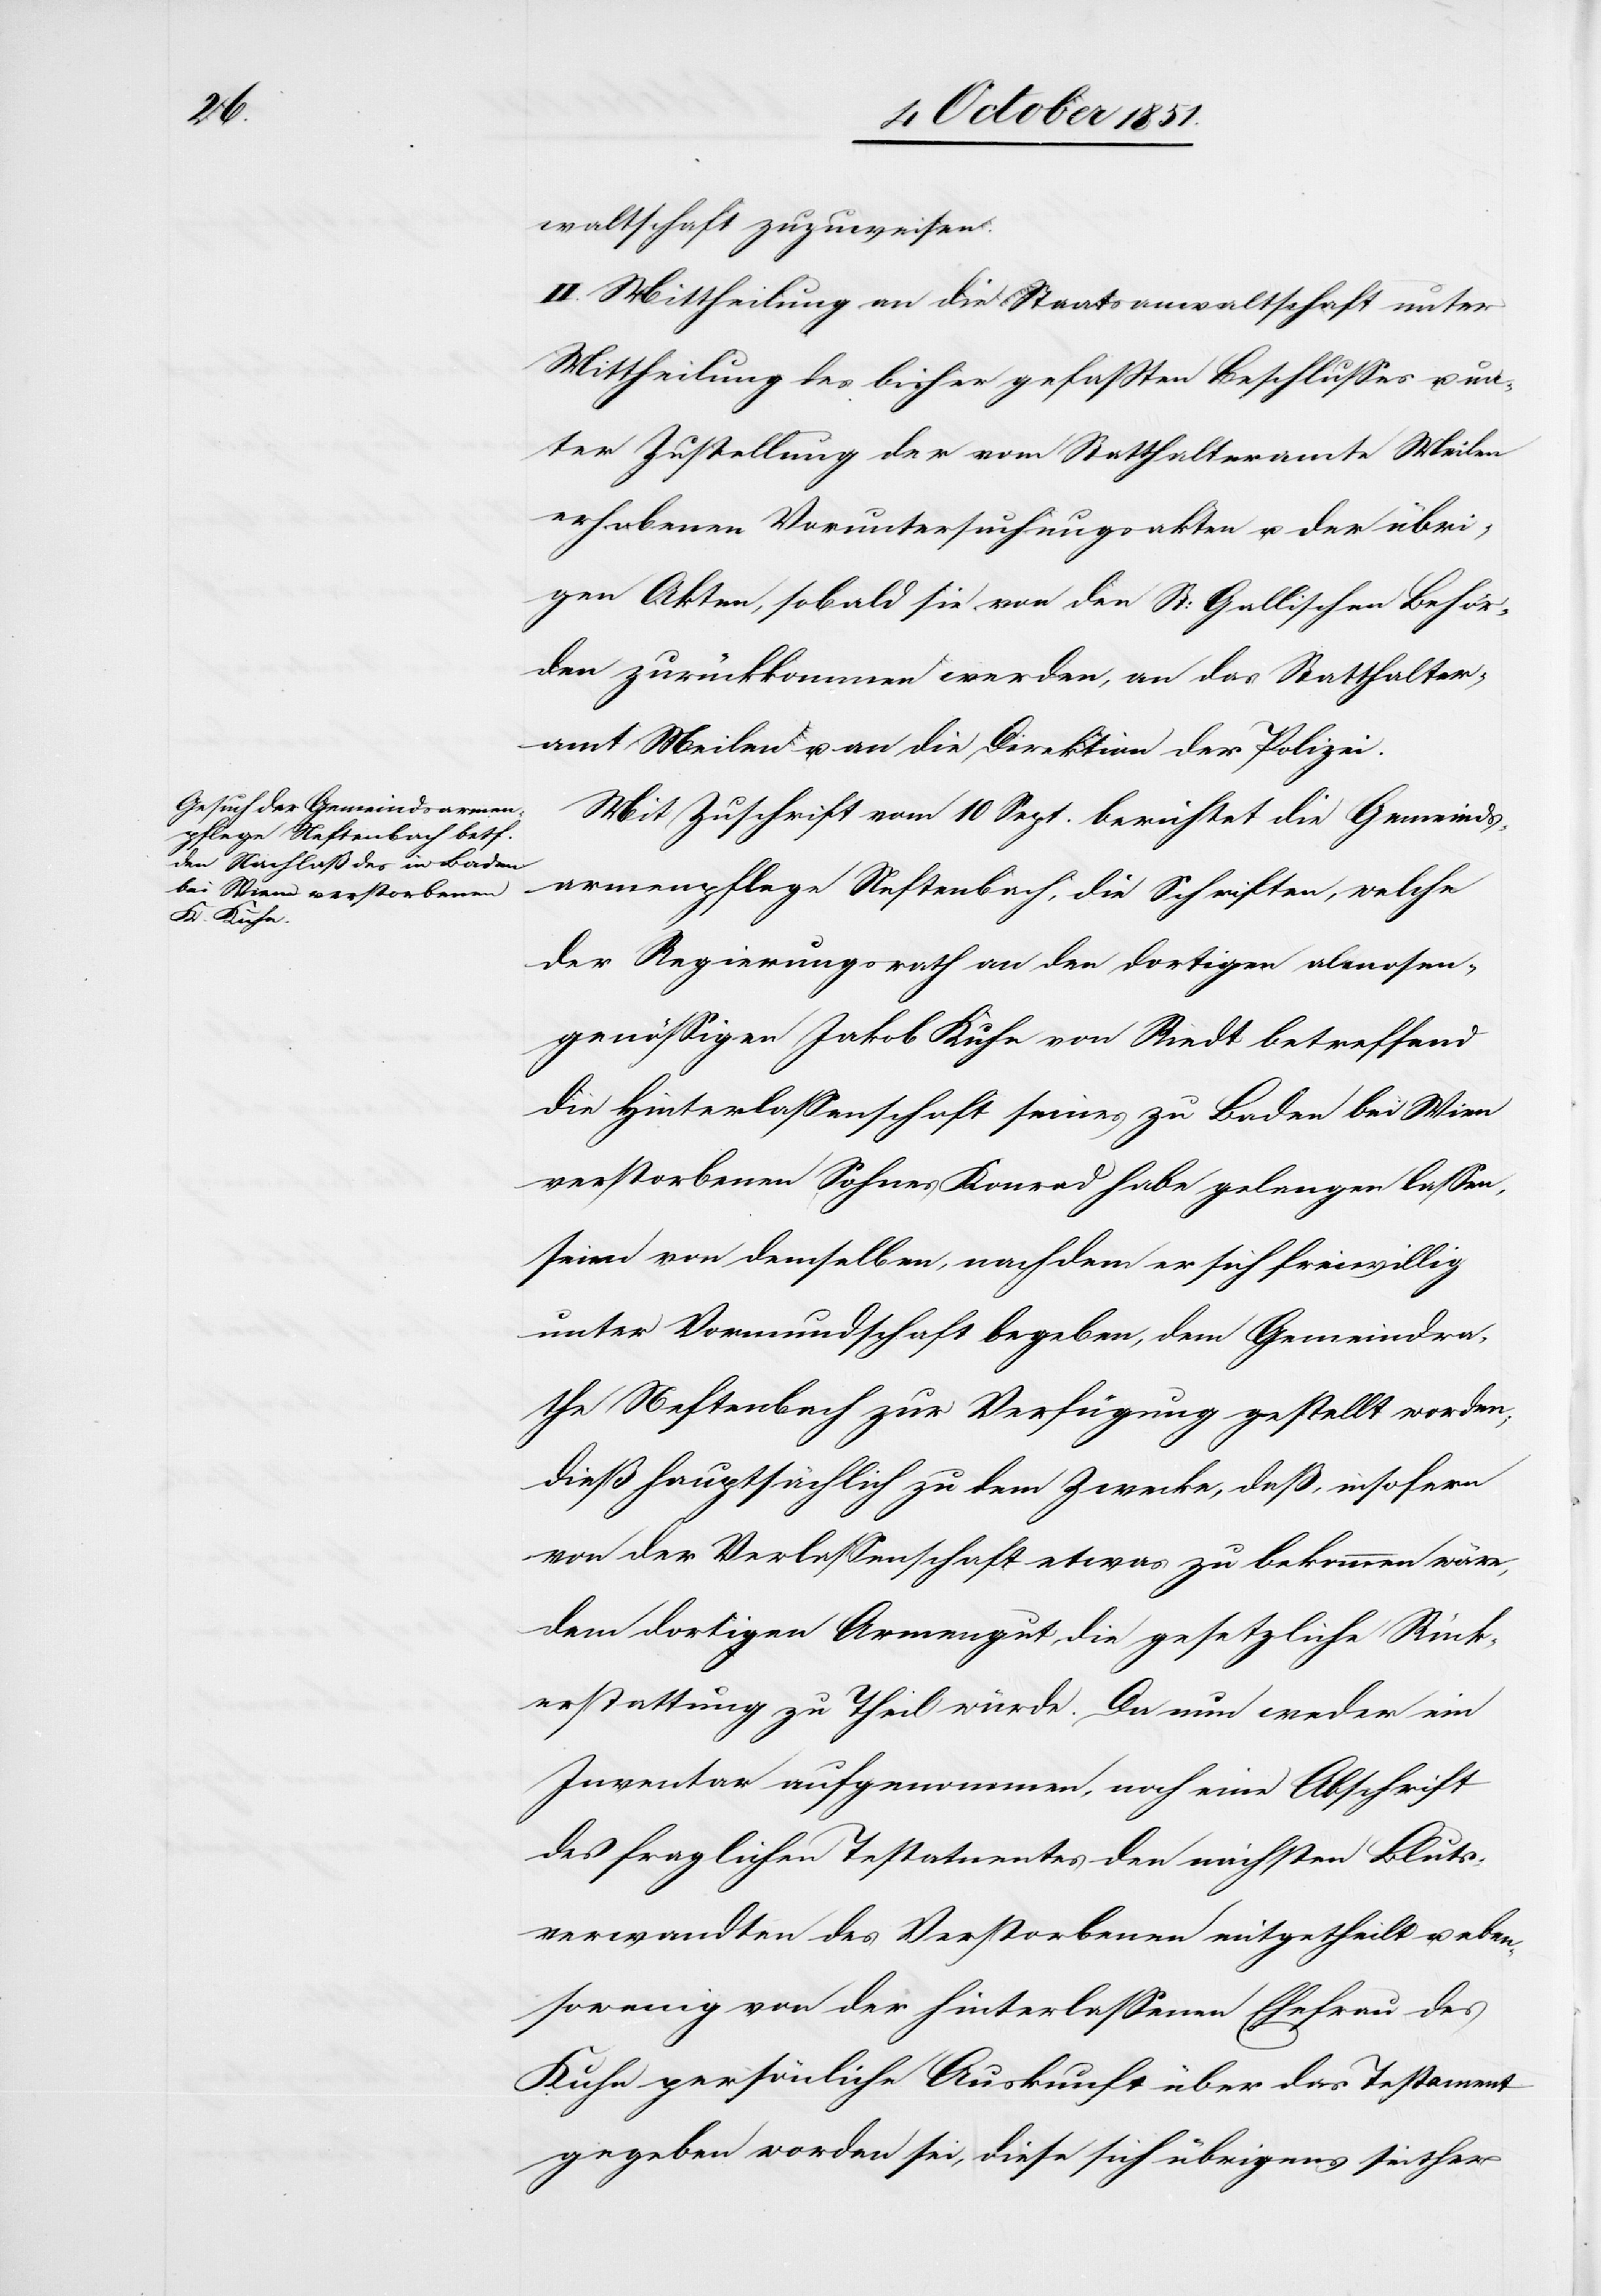
waltschaft zuzuweisen.
II. Mittheilung an die Staatsanwaltschaft unter
Mittheilung des bisher gefaßten Beschlusses u. un¬
ter Zustellung der vom Statthalteramte Meilen
erhobenen Voruntersuchungsakten u. der übri¬
gen Akten, sobald sie von den St: Gallischen Behör¬
den zurückkommen werden, an das Statthalter¬
amt Meilen u. an die Direktion der Polizei.
Mit Zuschrift vom 10 Sept. berichtet die Gemeinds¬
armenpflege Neftenbach, die Schriften, welche
der Regierungsrath an den dortigen almosen¬
genössigen Jakob Kuhn von Riedt betreffend
die Hinterlassenschaft seines zu Baden bei Wien
verstorbenen Sohnes Konrad habe gelangen lassen,
seien von demselben, nachdem er sich freiwillig
unter Vormundschaft begeben, dem Gemeindra¬
the Neftenbach zur Verfügung gestellt worden;
dieß hauptsächlich zu dem Zwecke, daß, insofern
von der Verlassenschaft etwas zu bekommen wäre,
dem dortigen Armengut die gesetzliche Rück¬
erstattung zu Theil würde. Da nun weder ein
Inventar aufgenommen, noch eine Abschrift
des fraglichen Testamentes den nächsten Bluts¬
verwandten des Verstorbenen mitgetheilt u. eben¬
sowenig von der hinterlassenen Ehefrau des
Kuhn persönliche Auskunft über das Testament
gegeben worden sei, diese sich übrigens seither